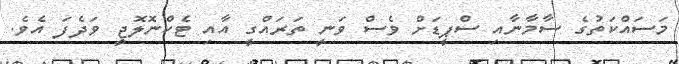
މަސައްކަތުގެ ސާމާނާއި ސްޕީޑަށް ވެސް ވަނީ ތަރައްގީ އާއި ޓެކްނޮލޮޖީ ވަދެފަ އެވެ.